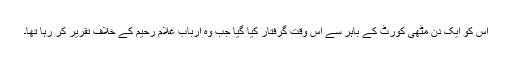
اس کو ایک دن مٹھی کورٹ کے باہر سے اس وقت گرفتار کیا گیا جب وہ ارباب غلام رحیم کے خلاف تقریر کر رہا تھا۔